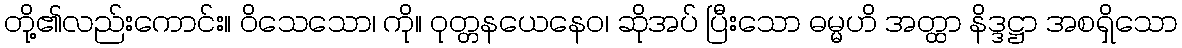
တို့၏လည်းကောင်း။ ဝိသေသော၊ ကို။ ဝုတ္တနယေနေဝ၊ ဆိုအပ် ပြီးသော ဓမ္မဟိ အတ္ထာ နိဒ္ဒဋ္ဌာ အစရှိသော